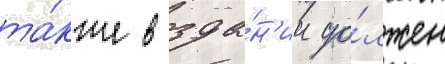
та́кже в зда́н'ии до́лжен